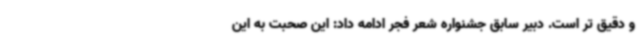
و دقیق تر است. دبیر سابق جشنواره شعر فجر ادامه داد: این صحبت به این